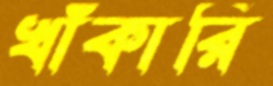
খাঁকারি